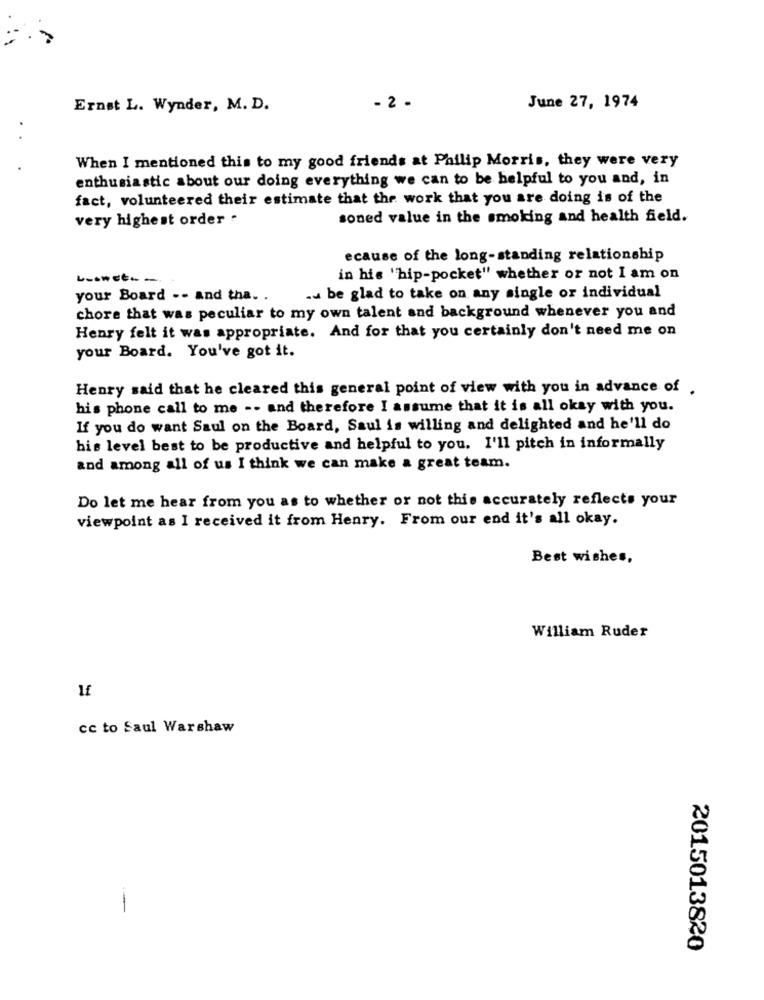
Ernst L. Wynder, M. D.
- 2 .
June 27, 1974
When I mentioned this to my good friends at Philip Morris, they were very
enthusiastic about our doing everything we can to be helpful to you and, in
fact, volunteered their estimate that the work that you are doing is of the
very highest order .
soned value in the smoking and health field.
ecause of the long-standing relationship
in his "hip-pocket" whether or not I am on
your Board -- and tha. .
.. be glad to take on any single or individual
chore that was peculiar to my own talent and background whenever you and
Henry felt it was appropriate. And for that you certainly don't need me on
your Board. You've got it.
Henry said that he cleared this general point of view with you in advance of .
his phone call to me -- and therefore I assume that it is all okay with you.
If you do want Saul on the Board, Saul is willing and delighted and he'll do
his level best to be productive and helpful to you. I'll pitch in informally
and among all of us I think we can make a great team.
Do let me hear from you as to whether or not this accurately reflects your
viewpoint as I received it from Henry. From our end it's all okay.
Best wishes,
William Ruder
cc to Saul Warshaw
.-
2015013820